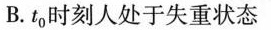
B.t_{0}时刻人处于失重状态